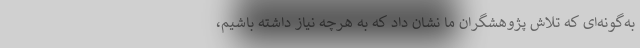
به‌گونه‌ای که تلاش پژوهشگران ما نشان داد که به هرچه نیاز داشته باشیم،